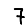
Digit: 7